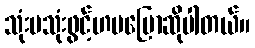
သုံးမသုံးဖွင့်ဟမပြောဆိုပါတယ်။